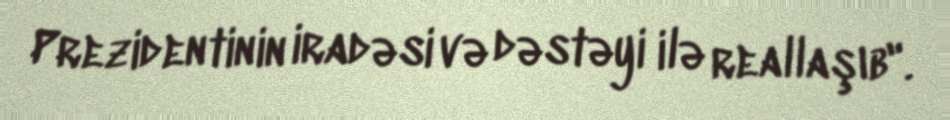
Prezidentinin iradəsi və dəstəyi ilə reallaşıb".